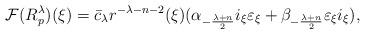
LaTeX: \begin{align*} \mathcal{F}(R_p^\lambda)(\xi) = \bar{c}_\lambda r^{-\lambda-n-2}(\xi)(\alpha_{-\frac{\lambda+n}{2}}i_\xi\varepsilon_\xi +\beta_{-\frac{\lambda+n}{2}}\varepsilon_\xi i_\xi), \end{align*}